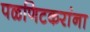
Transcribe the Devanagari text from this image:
पळणिटकरांना